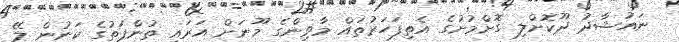
ނައުޝާދު ދޫކޮށްލި ގޮށްމުށުގެ އެތިފަހަރުތައް މާވިންގެ މޫނަށް އަރައި ތުންފަތުގެ ކަނުން ލޭ